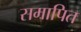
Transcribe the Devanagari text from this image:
समापित